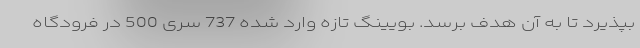
بپذیرد تا به آن هدف برسد. بویینگ تازه وارد شده 737 سری 500 در فرودگاه